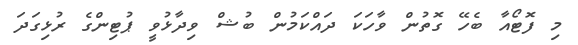
މި ފޮޓޯއާ ބެހޭ ގޮތުން ވާހަކަ ދައްކަމުން ބުޝް ވިދާޅުވީ ޕުޓިންގެ ރުޅިގަދަ